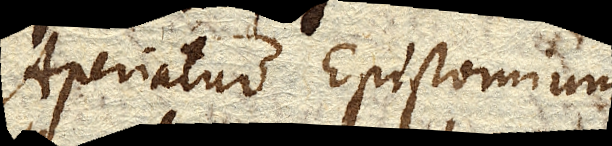
Aperiatur Epistomium,